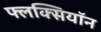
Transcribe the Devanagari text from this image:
फ्लक्सियॉन